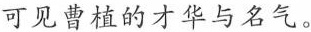
可见曹植的才华与名气。